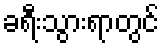
ခရီးသွားရာတွင်